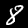
Digit: 8